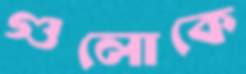
গুলোকে